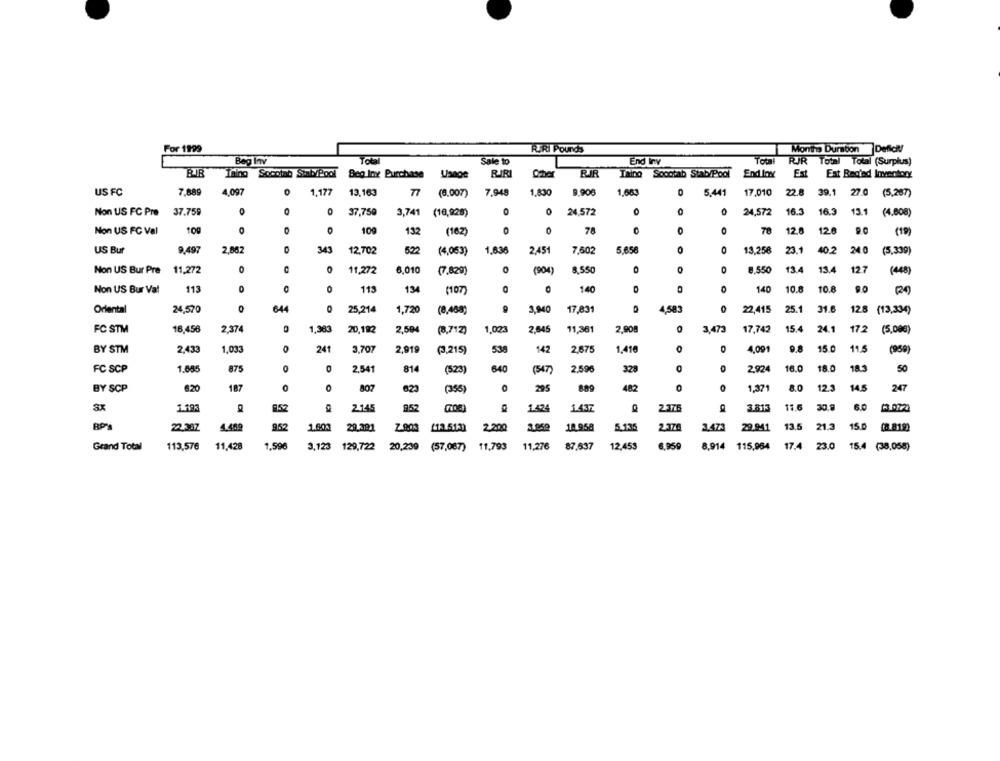
For 1999
RIRI Pounds
Months Dursbon
Defick/
Bag Inv
Sale to
End Iny
RIR Total Total (Surplus)
RIB
Ining Soootab Sinb/Pool
Beg Int Purchase
RIRI
Cher
RIR
Taing Soociab Stab/Pool
End lax
Est
Est Rected Inventory
4,097
0
1.177
17.010
US FC
7,889
13,163
77 (9.007)
7.948
1,830
9.906
1,683
5.441
22.8 39.1 27.0 (5.287)
Non US FC Pre
37.759
0
37,759
3,741 (10,928)
0
24,572
0
0
24,572
16.3
16.3
13.1 (4.008)
109
100
0
0
Non US FC Val
132
(162)
78
78 12.8
120
(19)
US But
9,497
2,862
343
12,702
(4,053)
1,636
2.451
7,602
5.658
0
0
13.258
23.1
40.2
240
(5,339)
Non US Bur Pre
11,272
0
0
11,272
6,010
(7,829)
0
(904)
8,550
O
0
8.550
13.4
13.4
12.7
(48)
Non US Bur Val
113
0
0
113
13
140
0
140
10.8
10.8
9.0
(107)
Oriental
24,570
0
64
25,214
1,720
(8,468)
3,940
17,831
4,583
0
22,415
25.1 31.6
12.8 (13.334)
FC STM
16,456
2,374
1,383
20,192
2,504
(3,712)
1.023
2,645
11,361
2,908
3,473
17,742
15.4 24.1
172
(5,00€)
BY STM
2,433
1,033
O
241
3,707
2,919
(3,215)
538
142
2,675
1.416
O
D
4,091
9.8
15.0
11.5
(959)
FC SCP
1.685
875
O
0
2.541
814
(523)
640
(547)
2,596
325
0
2.924
16.0
18.0
183
50
BY SCP
6.20
187
0
807
623
(35%)
295
482
0
1,371
8.0
12.3
145
247
1.52
2.145
952
1.424
1.437
2.375
3.813
11.6
30.9
6.0
22.38Z
4.489
952
1.600
29.391
(3 513)
2.200
14 958
5.135
2.376
3.473
29.941
13.5
21.3
150
(8.818)
Grand Total
113,576
11,428
1,596
3,123 129,722
20,239
(57,087)
11.793
11,276
87.537
12,453
6,950
8,914 115,984
17.4 23.0
15.4 (38,058)